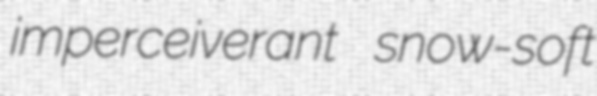
imperceiverant snow-soft